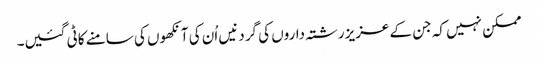
ممکن نہیں کہ جن کے عزیز رشتہ داروں کی گردنیں اُن کی آنکھوں کی سامنے کاٹی گئیں۔